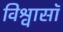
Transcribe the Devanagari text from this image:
विश्वासॉ